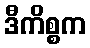
ဒီကိစ္စက